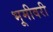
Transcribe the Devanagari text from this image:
भूमीवरी